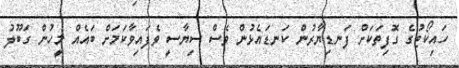
ހައިކޯޓުގެ ގޮފިތަކަށް ފަނޑިޔާރުން ކަނޑައެޅުން ވެސް ސިޔާސީ ވެފައިވާކަމަށް ބައެއް މީހުން ގަބޫލު